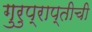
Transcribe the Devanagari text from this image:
गुरुप्राप्तीची